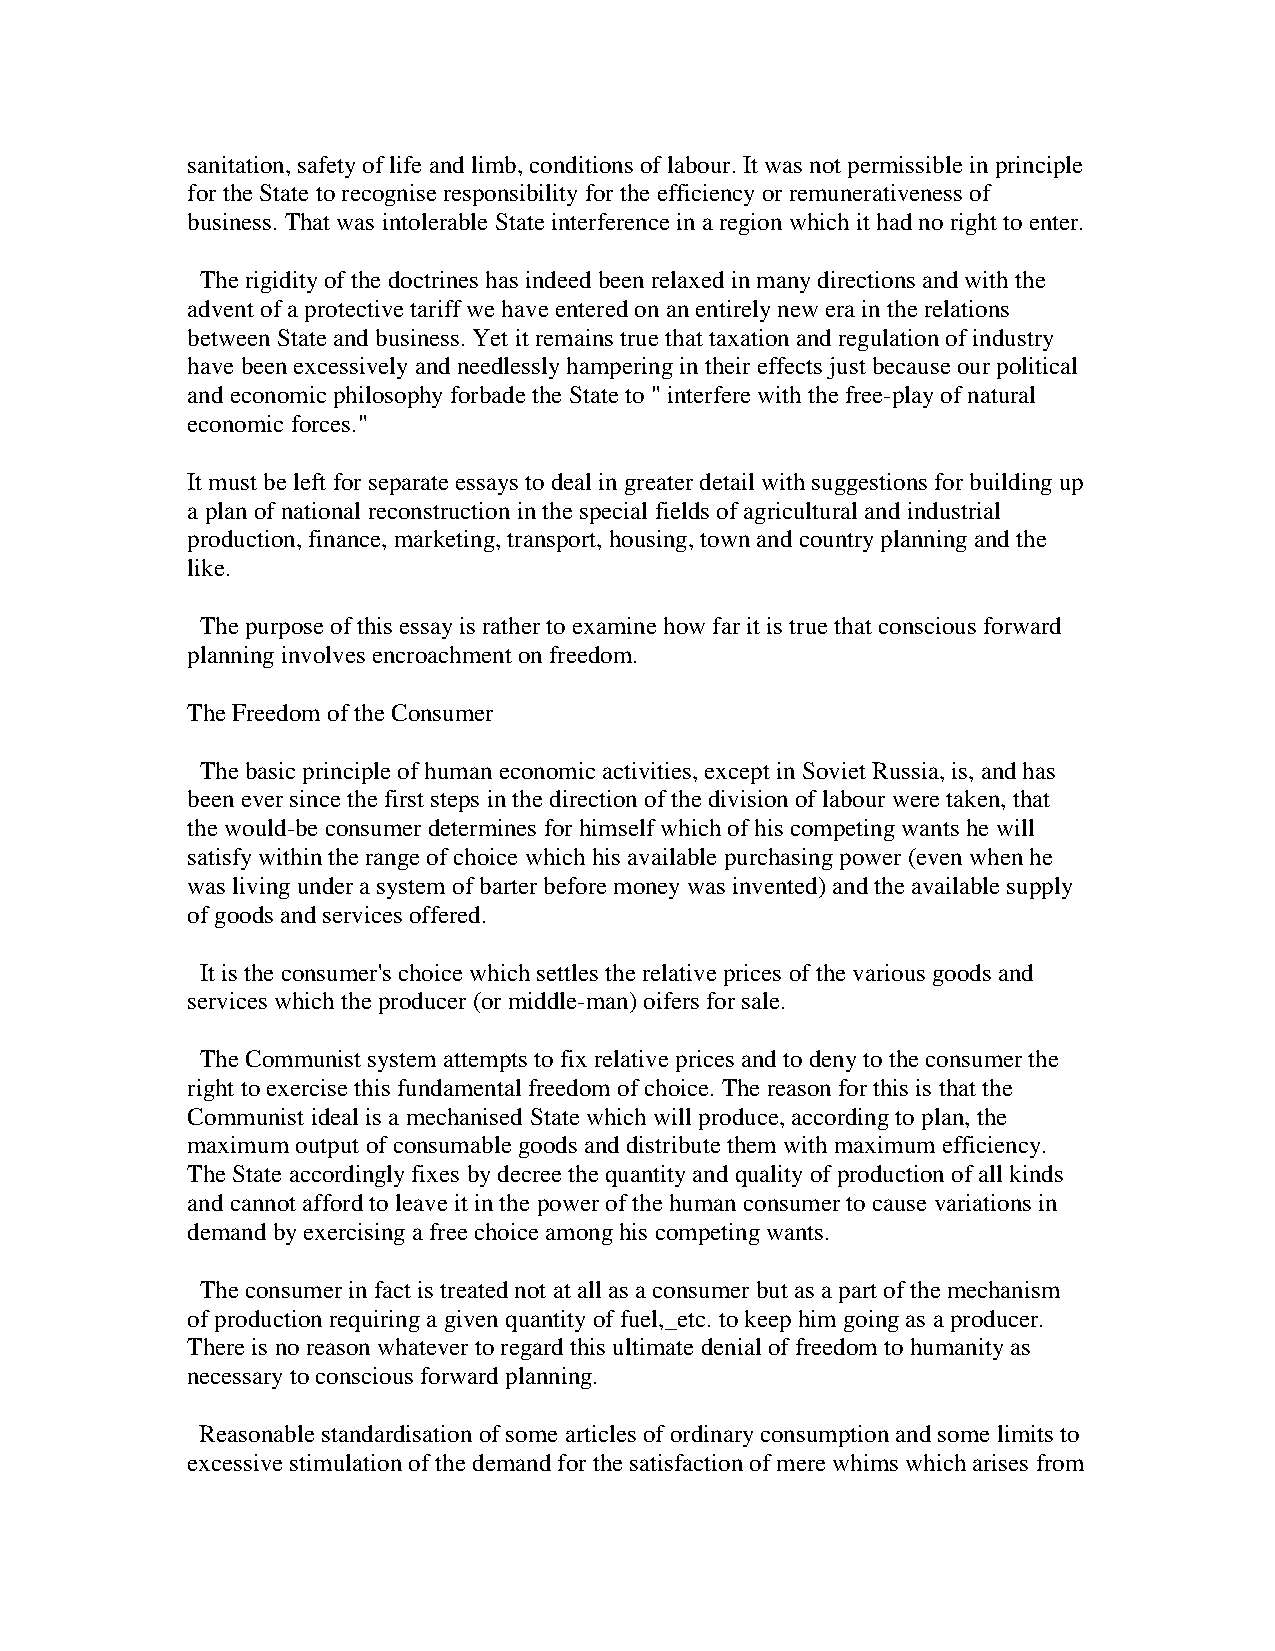
sanitation, safety of life and limb, conditions of labour. It was not permissible in principle
 for the State to recognise responsibility for the efficiency or remunerativeness of
 business. That was intolerable State interference in a region which it had no right to enter.
 The rigidity of the doctrines has indeed been relaxed in many directions and with the
 advent of a protective tariff we have entered on an entirely new era in the relations
 between State and business. Yet it remains true that taxation and regulation of industry
 have been excessively and needlessly hampering in their effects just because our political
 and economic philosophy forbade the State to " interfere with the free-play of natural
 economic forces."
 It must be left for separate essays to deal in greater detail with suggestions for building up
 a plan of national reconstruction in the special fields of agricultural and industrial
 production, finance, marketing, transport, housing, town and country planning and the
 like.
 The purpose of this essay is rather to examine how far it is true that conscious forward
 planning involves encroachment on freedom.
 The Freedom of the Consumer
 The basic principle of human economic activities, except in Soviet Russia, is, and has
 been ever since the first steps in the direction of the division of labour were taken, that
 the would-be consumer determines for himself which of his competing wants he will
 satisfy within the range of choice which his available purchasing power (even when he
 was living under a system of barter before money was invented) and the available supply
 of goods and services offered.
 It is the consumer's choice which settles the relative prices of the various goods and
 services which the producer (or middle-man) oifers for sale.
 The Communist system attempts to fix relative prices and to deny to the consumer the
 right to exercise this fundamental freedom of choice. The reason for this is that the
 Communist ideal is a mechanised State which will produce, according to plan, the
 maximum output of consumable goods and distribute them with maximum efficiency.
 The State accordingly fixes by decree the quantity and quality of production of all kinds
 and cannot afford to leave it in the power of the human consumer to cause variations in
 demand by exercising a free choice among his competing wants.
 The consumer in fact is treated not at all as a consumer but as a part of the mechanism
 of production requiring a given quantity of fuel,_etc. to keep him going as a producer.
 There is no reason whatever to regard this ultimate denial of freedom to humanity as
 necessary to conscious forward planning.
 Reasonable standardisation of some articles of ordinary consumption and some limits to
 excessive stimulation of the demand for the satisfaction of mere whims which arises from